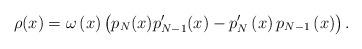
LaTeX: \begin{align*}\rho (x)=\omega \left( x\right) \left( p_{N}(x)p_{N-1}^{\prime}(x)-p_{N}^{\prime }\left( x\right) p_{N-1}\left( x\right) \right) .\end{align*}